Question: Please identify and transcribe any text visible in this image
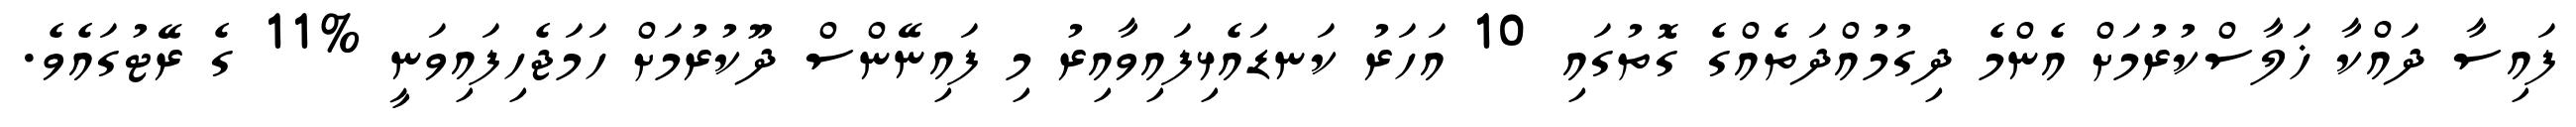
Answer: ފައިސާ ދައްކާ ޚަލާސްކުރުމަށް އެންމެ ދިގުމުއްދަތެއްގެ ގޮތުގައި 10 އަހަރު ކަނޑައެޅިފައިވާއިރު މި ފައިނޭންސް ދޫކުރުމަށް ހަމަޖެހިފައިވަނީ %11 ގެ ރޭޓުގައެވެ.